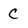
Character: C